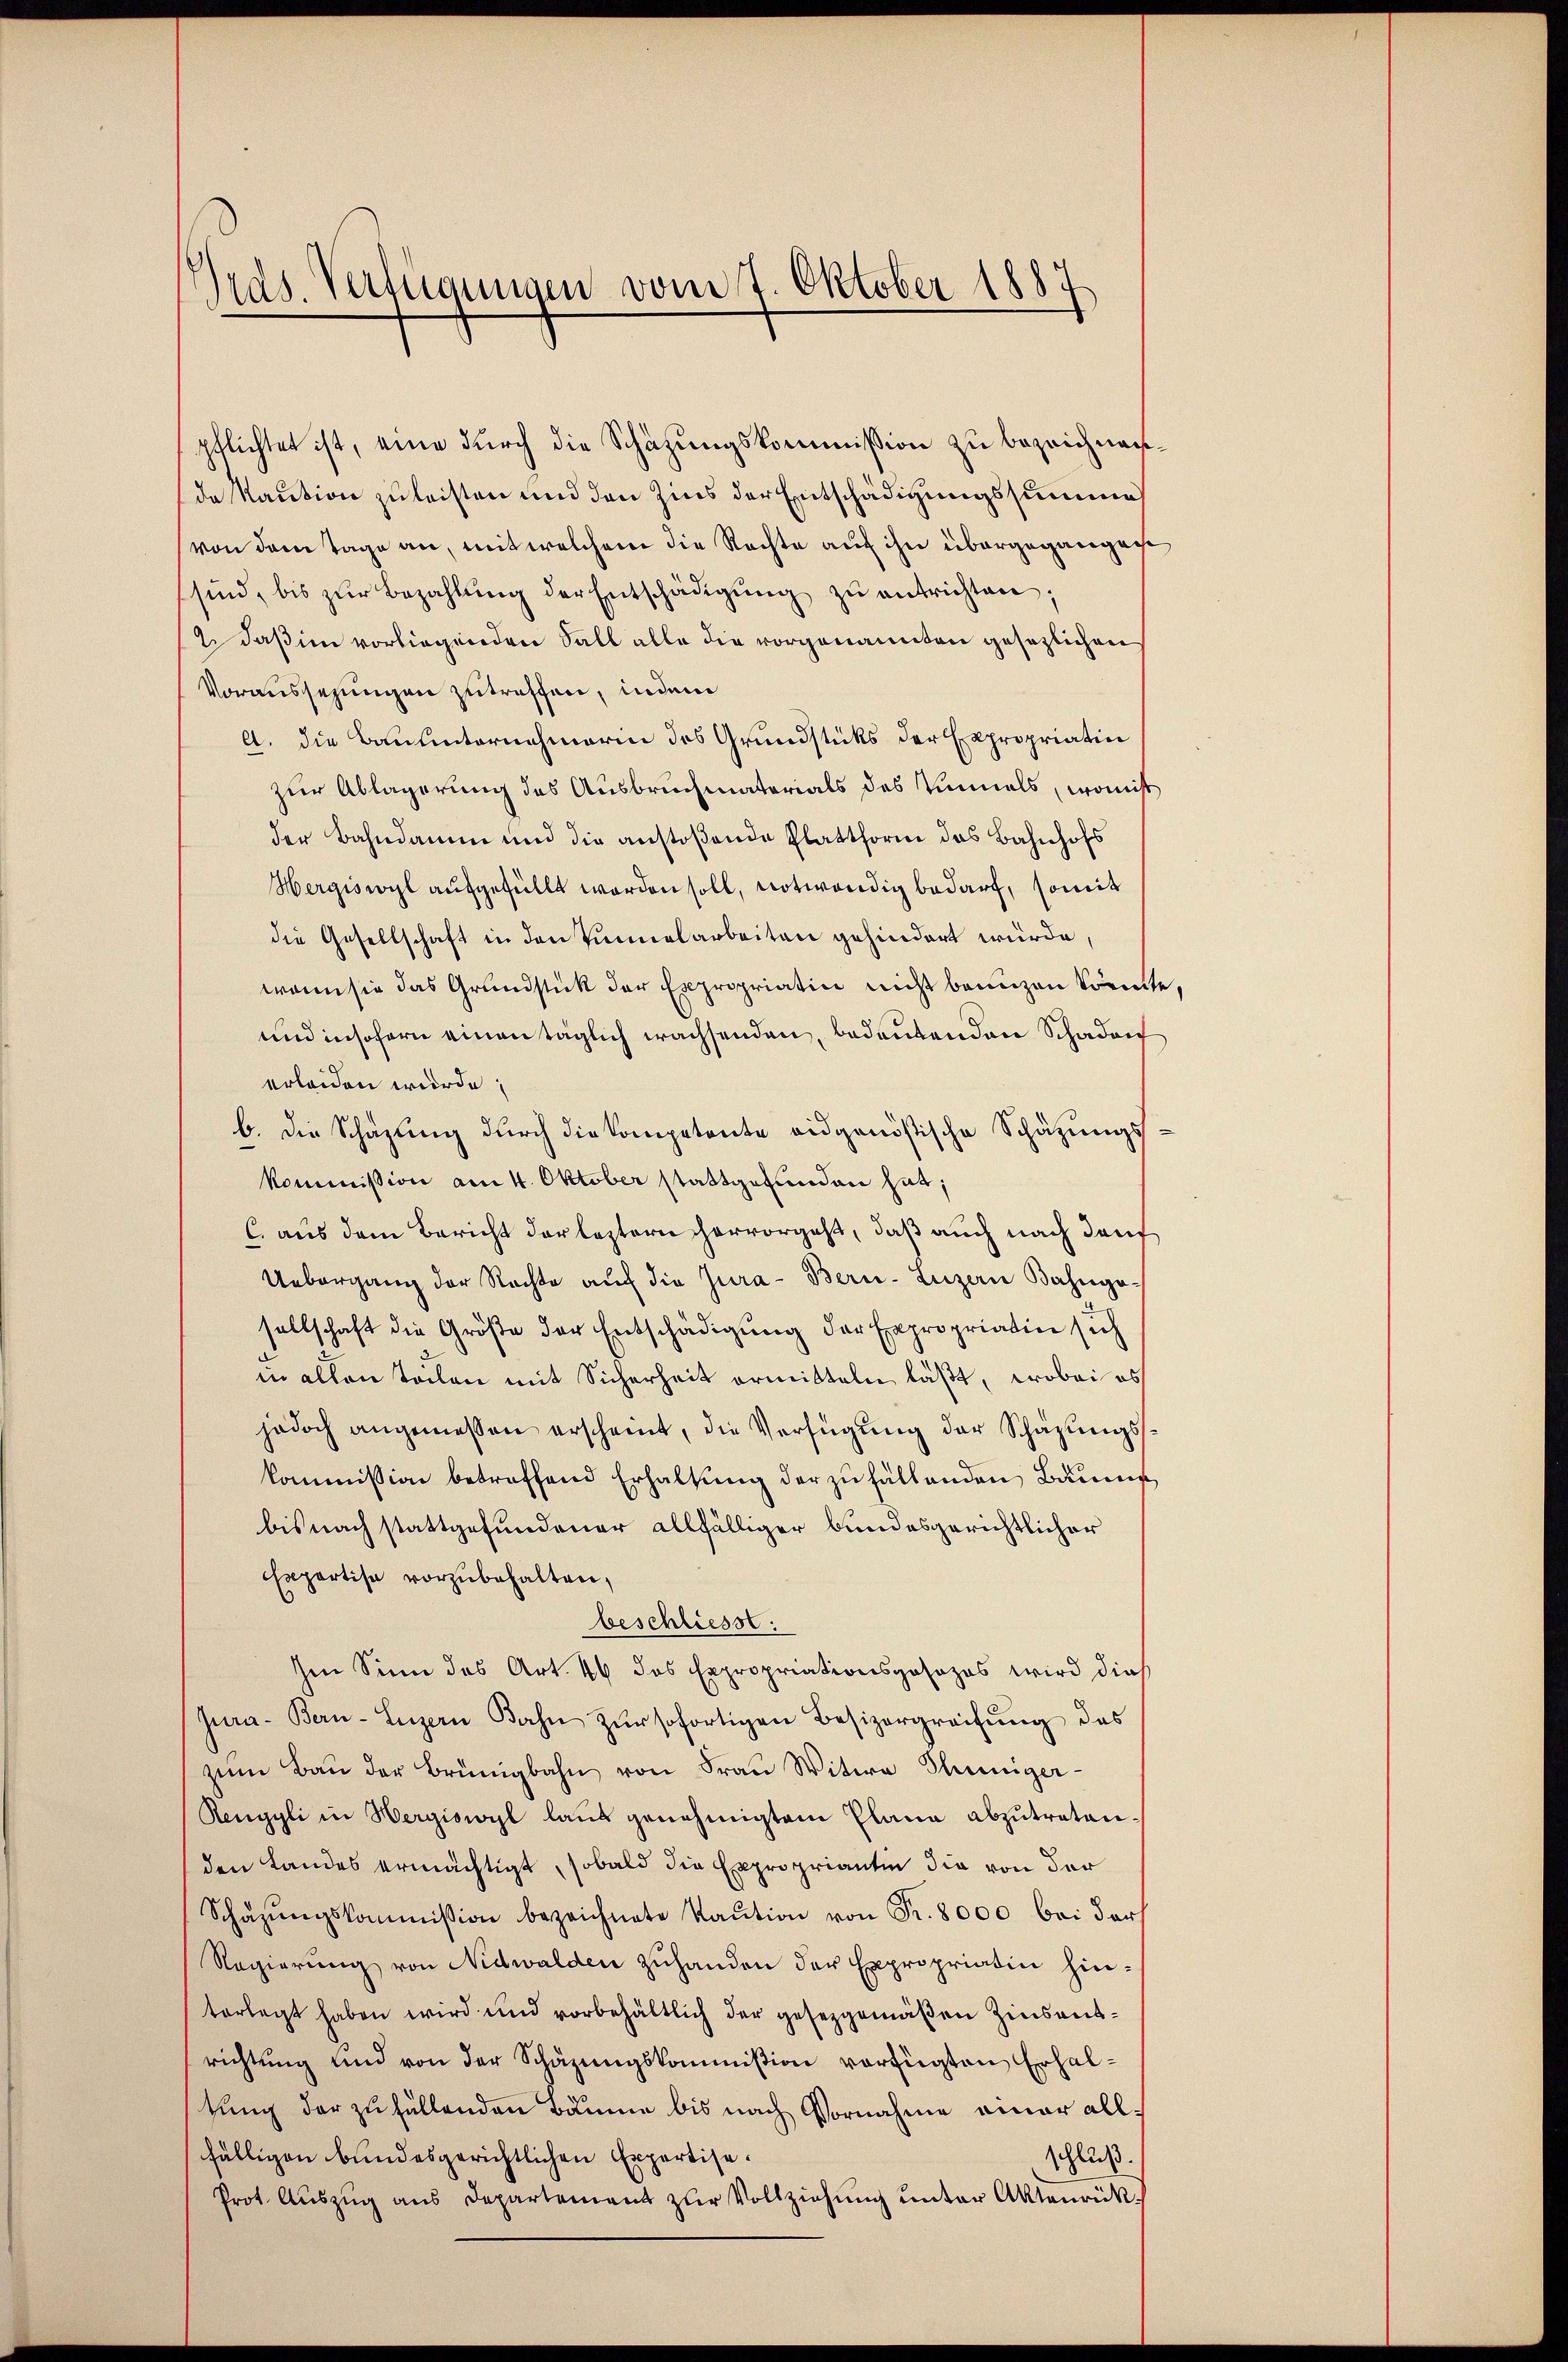
Tras. Verfügungen vom 7. Oktober 1887

pflichtet ist, eine durch die Schätzungskommission zu bezeichnen.
de Maution zu leisten und den Zins der Entschädigungssumme
von dem Tage an, mit welchem die Rechte auf ihn übergegangege
sind, bis zŭr Bezahlŭng der Entschädigŭng zŭ entrichten;
 daß im vorliegenden Fall alle die vorgenannten gesezlichen
Voraussezungen zutreffen, indem
A. die Bauunternehmerin des Grundstücks der Expropriatin
zur Ablagerung des Ausbruchmaterials des Vinmals, womis
der Bahndamm und die anstoßende Platthorne das Bahnhofs
Hergiswyl aufgefüllt worden soll, notwendig bedarf, somit
die Gesellschaft in den Sinnelarbeiten gehindert würde,
wenn sie das Grundstück der Expropriatin nicht brunzen könnte
und insofern einen täglich wachsenden, bedeutenden Schaden
erleiden wurde,
b. Die Schazung durch die kompetente eidgenößische Schätzungskommission am 4. Oktober stattgefunden hat;
C. aus dem Bericht der leztern hervorgeht, daß auch nach darf
Uebergang der Rechte aŭf die Jura - Bern-Luzern Bahnge-
sellschaft die Größe der Entschädigung der Expropriatin sich
in allen Teilen mit Sicherheit ermitteln läßt, wobei es
jedoch angemessen erscheint, die Verfügung der Schazungsskommission betreffend Erhaltung der zufällenden Baumg
bis nach stattgefundener allfälliger bundesgerichtlicher
Expertise vorzubehalten,
beschliesse:
Im Sinn des Art. 46 das Expropriationsgesezes wird dies
Jura - Bern-Luzern Bahn zŭr sofortigen Besizergreifŭng des
zŭm Baŭ der Brünigbahn von Fraŭ Witwe Thuniger-
Renggli in Wergiswyl laŭt genehmigten Plana abzŭtraten.
den Landes ermächtigt, sobald die Expropriantin die von der
Schäzŭngskommission bezeichnete Kaŭtion von Fr. 8000 bei der
Regierung von Nidwalden zuhanden der Expropriatin hinterlegt haben wird und vorbehältlich der gesetzgemäßen Zinsentrichtung und von der Schazungskommißion verfügten Erhaltung der zufällenden Bäume bis nach Vornahme einer allfälligen bundesgerichtlichen Expertise.
schluß.
Prot. Aŭszŭg ans Departement zŭr Vollziehŭng ŭnter Aktenrück¬